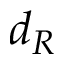
d _ { R }